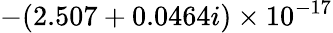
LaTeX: -(2.507+0.0464i)\times 10^{-17}